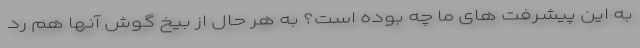
به این پیشرفت های ما چه بوده است؟ به هر حال از بیخ گوش آنها هم رد